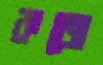
কজে